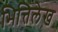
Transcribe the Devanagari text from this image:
भित्तिलेख